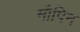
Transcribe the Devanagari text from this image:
मौपिन